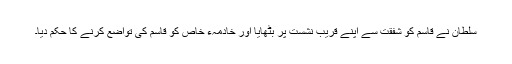
سلطان نے قاسم کو شفقت سے اپنے قریب نشست پر بٹھایا اور خادمہء خاص کو قاسم کی تواضع کرنے کا حکم دیا۔